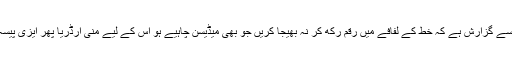
محترم آپ سے گزارش ہے کہ خط کے لفافے میں رقم رکھ کر نہ بھیجا کریں جو بھی میڈیسن چاہیے ہو اُس کے لیے منی آرڈریا پھر ایزی پیسہ کیا کریں۔